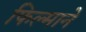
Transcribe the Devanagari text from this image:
फिल्‍माने